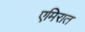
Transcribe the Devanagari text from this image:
एमिरात